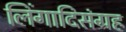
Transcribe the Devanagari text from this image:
लिंगादिसंग्रह